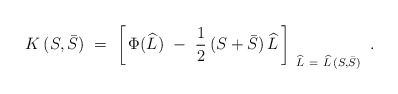
\begin{align*}K\, (S, \bar S)\ =\ \left[\, \Phi (\widehat L)\ -\ \frac{1}{2}\: (S + \bar S)\, \widehat L\, \right]_{\ \widehat L\ =\ \widehat L\, (S, \bar S)}\ .\end{align*}